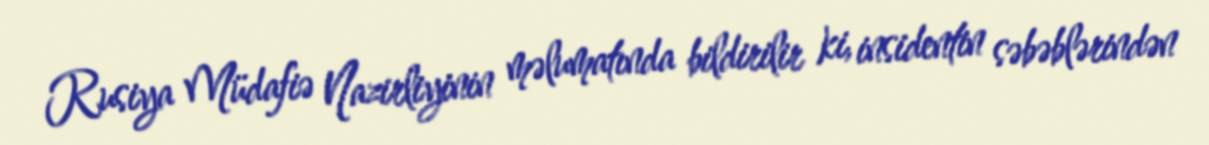
Rusiya Müdafiə Nazirliyinin məlumatında bildirilir ki, insidentin səbəblərindən